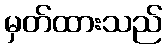
မှတ်ထားသည်